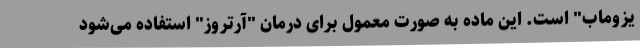
یزوماب" است. این ماده به صورت معمول برای درمان "آرتروز" استفاده می‌شود